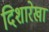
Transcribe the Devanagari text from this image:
दिशारेखा